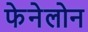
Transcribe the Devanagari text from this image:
फेनेलोन